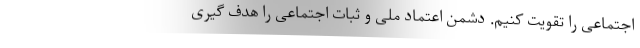
اجتماعی را تقویت کنیم. دشمن اعتماد ملی و ثبات اجتماعی را هدف گیری